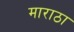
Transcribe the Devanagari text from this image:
माराठा